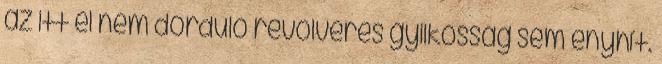
az itt el nem dördülő revolveres gyilkosság sem enyhít.